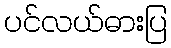
ပင်လယ်ဓားပြ